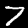
Digit: 7